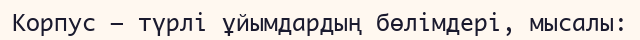
Корпус — түрлі ұйымдардың бөлімдері, мысалы: